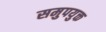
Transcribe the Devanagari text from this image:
समुपयुक्त